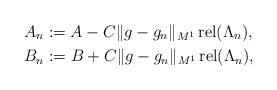
LaTeX: \begin{align*}&A_n := A - C \lVert g-g_n\rVert_{M^1} \mathop{\mathrm{rel}}(\Lambda_n), \\&B_n := B + C \lVert g-g_n\rVert_{M^1} \mathop{\mathrm{rel}}(\Lambda_n),\end{align*}